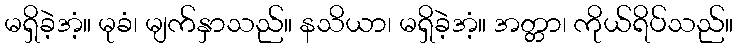
မရှိခဲ့အံ့။ မုခံ၊ မျက်နှာသည်။ နသိယာ၊ မရှိခဲ့အံ့။ အတ္တာ၊ ကိုယ်ရိပ်သည်။